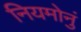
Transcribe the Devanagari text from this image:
नियमोनुं